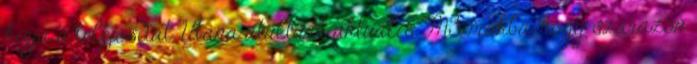
hívja a telejósdát. Utána átültünk aktuális M3-makba, hogy szárazon